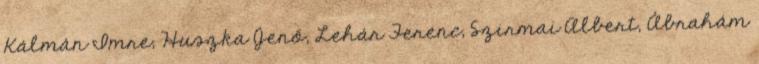
Kálmán Imre, Huszka Jenő, Lehár Ferenc, Szirmai Albert, Ábrahám